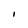
Character: I